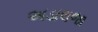
અડાલજા